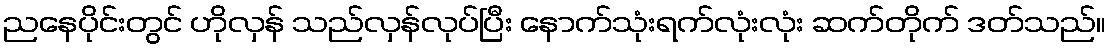
ညနေပိုင်းတွင် ဟိုလှန် သည်လှန်လုပ်ပြီး နောက်သုံးရက်လုံးလုံး ဆက်တိုက် ဒတ်သည်။